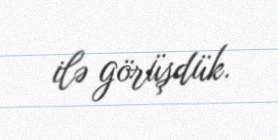
ilə görüşdük.